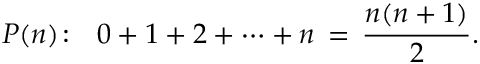
P ( n ) \! : \ \ 0 + 1 + 2 + \cdots + n \, = \, { \frac { n ( n + 1 ) } { 2 } } .